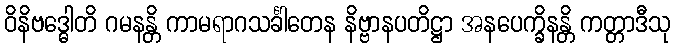
ဝိနိဗဒ္ဓေါတိ ဂမနန္တိ ကာမရာဂသင်္ခါတေန နိဗ္ဗာနပတိဋ္ဌာ အနပေက္ခိနန္တိ ကတ္တာဒီသု